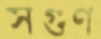
সগুণ